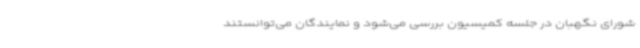
شورای نگهبان در جلسه کمیسیون بررسی می‌شود و نمایندگان می‌توانستند